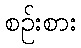
စဉ်းစား